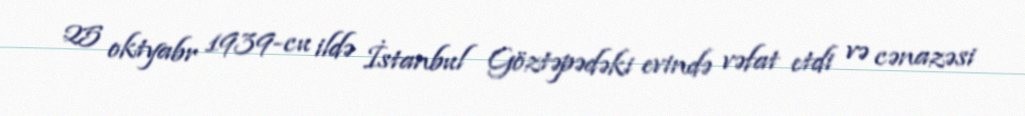
25 oktyabr 1939-cu ildə İstanbul Göztəpədəki evində vəfat etdi və cənazəsi